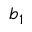
b _ { 1 }